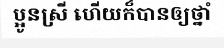
ប្អូនស្រី ហើយក៏បានឲ្យថ្នាំ